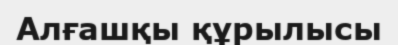
Алғашқы құрылысы